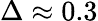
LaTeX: \Delta\approx 0.3